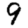
Digit: 9